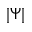
| \Psi |